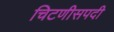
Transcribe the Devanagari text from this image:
चिटणीसपदी